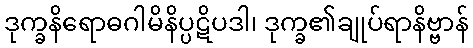
ဒုက္ခနိရောဓဂါမိနိပ္ပဋိပဒါ၊ ဒုက္ခ၏ချုပ်ရာနိဗ္ဗာန်